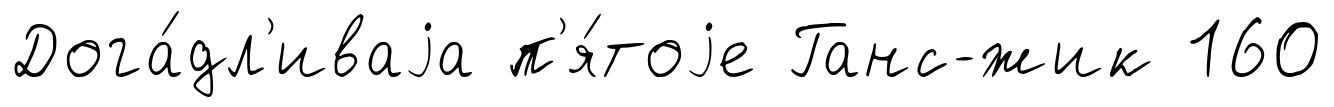
Дога́дл'иваjа п'я́тоjе Ганс-́жик 160